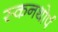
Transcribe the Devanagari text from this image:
स्कनथोर्प